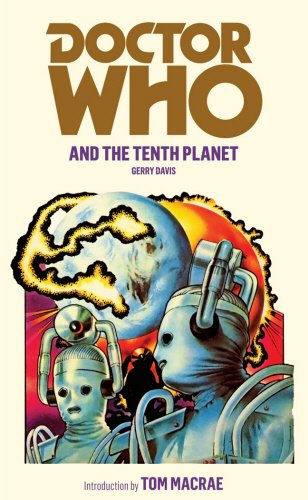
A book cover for Doctor Who And The Tenth Planet (Doctor Who (BBC)); Gerry Davis; Travel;